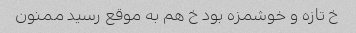
خ تازه و خوشمزه بود خ هم به موقع رسید ممنون